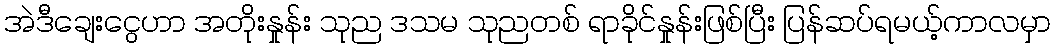
အဲဒီချေးငွေဟာ အတိုးနှုန်း သုည ဒသမ သုညတစ် ရာခိုင်နှုန်းဖြစ်ပြီး ပြန်ဆပ်ရမယ့်ကာလမှာ